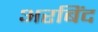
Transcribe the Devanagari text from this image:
अरबिंद